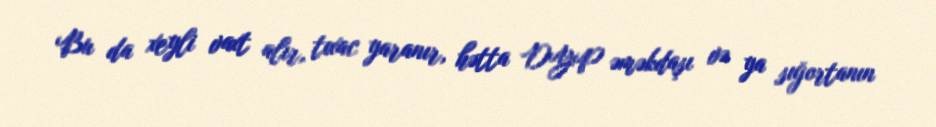
Bu da xeyli vaxt alır, tıxac yaranır, hətta DYP əməkdaşı və ya sığortanın